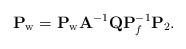
LaTeX: \begin{align*} \mathbf{P}_{\rm w} = \mathbf{P}_{\rm w}\mathbf{A}^{-1} \mathbf{Q}\mathbf{P}^{-1}_f \mathbf{P}_2.\end{align*}